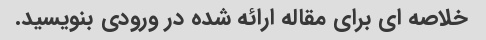
خلاصه ای برای مقاله ارائه شده در ورودی بنویسید.